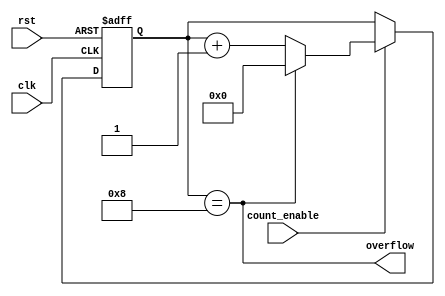
module counter (
    output  wire    overflow,

    input   wire    count_enable,
    input   wire    clk,
    input   wire    rst
);

    reg [3:0]   count;
    reg [3:0]   count_comb;

    always @(posedge clk or negedge rst) 
        begin
            if(!rst)
                begin
                    count <= 4'd0;
                end
            else if (count_enable)
                    if(count == 4'd8)
                        begin
                            count <= 4'd0;
                        end
                    else 
                        begin
                            count <= count_comb;
                        end
        end

    always @(*) 
        begin
            count_comb = count + 1'd1;
        end

    assign overflow = (count == 4'd8);

endmodule